Leaving Certificate Examination, 1920
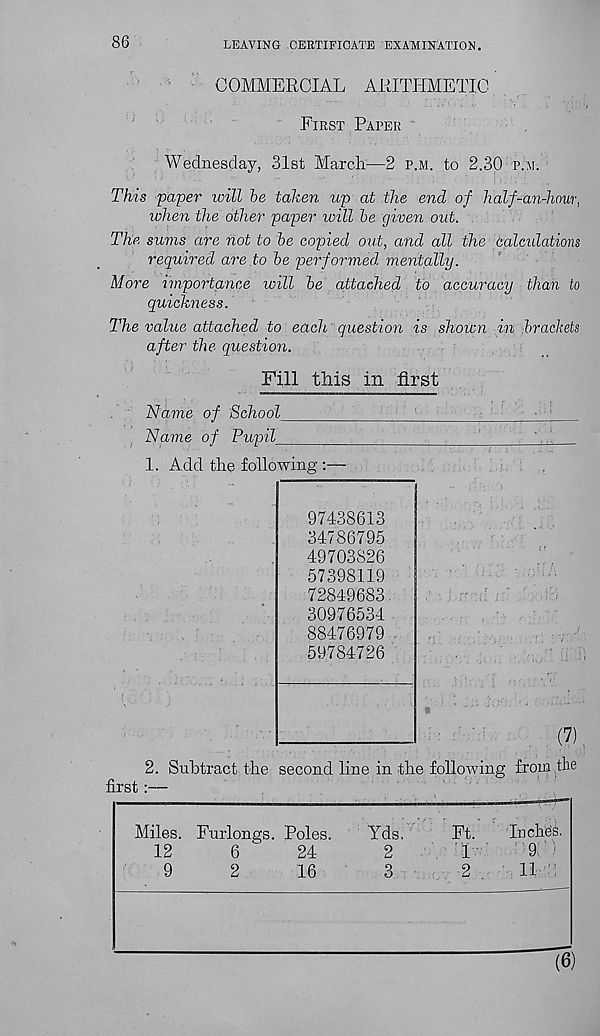
86
LEAVING CERTIFICATE 'EXAMINATION.
COMMERCIAL ARITHMETIC
First Paper
Wednesday, 31st March—2 p.m. to 2.30 p.m.
This paper will be taken up at the end of half-an-hour,
when the other paper will be given out.
The sums are not to be copied out, and all the calculations
required are.to be performed, mentally.
More importance will be attached to accuracy than to
quickness.
The value attached to each question is shown in brackets
after the question.
Fill this in first
Name of School
1
•
Name of Pupil
1. Add the following :—
(7)
2. Subtract the second line in the following from the
first:—
Miles. Furlongs. Poles.
Yds.
Ft.
Inches.
12
6
24
2
1
9 ;
9
2
16
3
2
U
97438613
34786795
49703826
57398119
72849683.
30976534
88476979
59784726
(6)